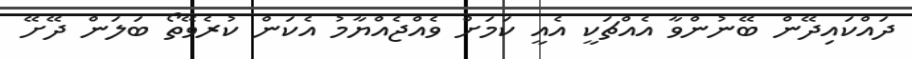
ދައްކައިދޭން ބޭނުންވާ އެއްޗަކީ އެއީ ކަމަށް ވެއްޖެއްޔާމު އެކަން ކުރެވޭތޯ ބަލަން ދޭށޭ